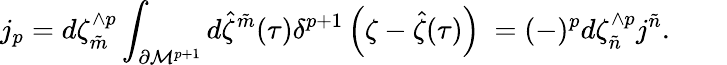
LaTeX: j_{p}=d\zeta_{\tilde{m}}^{\wedge p}\int_{\partial{\cal M}^{p+1}}d{\hat{\zeta}}^{\tilde{m}}(\tau)\delta^{p+1}\left(\zeta-{\hat{\zeta}}(\tau)\right)~=(-)^{p}d\zeta_{\tilde{n}}^{\wedge p}j^{\tilde{n}}.\qquad